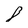
Character: 8